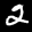
Label: 2